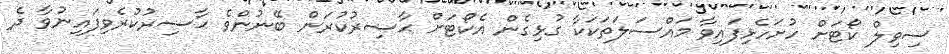
ސިވިލް ކޯޓަށް ހުށަހެޅިފައިވާ މައްސަލަތަކަކާ ގުޅިގެން އެކޯޓަށް ޙާޟިރުކުރަން ބޭނުންވެ ޙާޟިރުކުރެވިފައިނުވާ ދެ